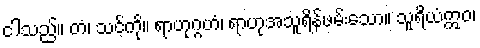
ငါသည်။ တံ၊ သင့်ကို။ ရာဟုဂ္ဂဟံ၊ ရာဟုအသူရိန်ဖမ်းသော။ သူရိယံဣဝ၊